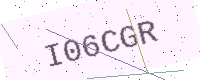
Text: I06CGR